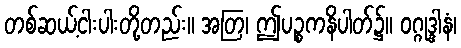
တစ်ဆယ့်ငါးပါးတို့တည်း။ အတြ၊ ဤပဉ္စကနိပါတ်၌။ ဝဂ္ဂုဒ္ဒါနံ၊